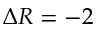
\Delta R = - 2